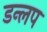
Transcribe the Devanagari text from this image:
डन्लप